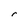
Character: r